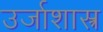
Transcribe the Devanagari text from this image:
उर्जाशास्त्र